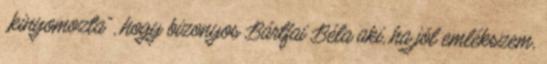
„kinyomozta”, hogy bizonyos Bártfai Béla a­ki, ha jól emlékszem,